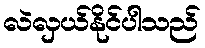
လဲလှယ်နိုင်ပါသည်